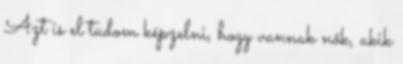
Azt is el tudom képzelni, hogy vannak nők, akik